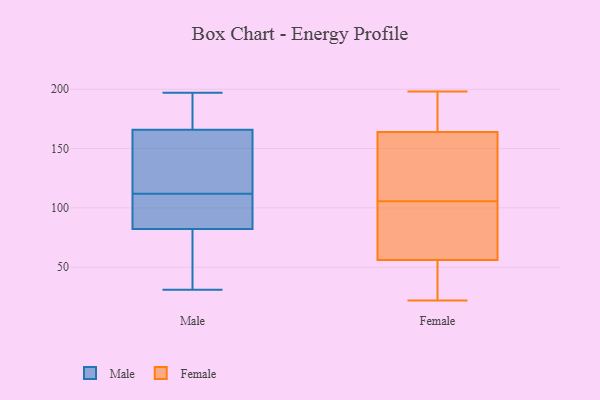
{"axis": {"x": "Shipments", "y": "Value"}, "legend": ["Female", "Male"], "data": [{"x": "", "y": 54, "type": "Male"}, {"x": "", "y": 194, "type": "Male"}, {"x": "", "y": 31, "type": "Male"}, {"x": "", "y": 68, "type": "Male"}, {"x": "", "y": 109, "type": "Male"}, {"x": "", "y": 155, "type": "Male"}, {"x": "", "y": 195, "type": "Male"}, {"x": "", "y": 123, "type": "Male"}, {"x": "", "y": 43, "type": "Male"}, {"x": "", "y": 87, "type": "Male"}, {"x": "", "y": 161, "type": "Male"}, {"x": "", "y": 197, "type": "Male"}, {"x": "", "y": 87, "type": "Male"}, {"x": "", "y": 180, "type": "Male"}, {"x": "", "y": 118, "type": "Male"}, {"x": "", "y": 112, "type": "Male"}, {"x": "", "y": 93, "type": "Male"}, {"x": "", "y": 104, "type": "Female"}, {"x": "", "y": 92, "type": "Female"}, {"x": "", "y": 23, "type": "Female"}, {"x": "", "y": 198, "type": "Female"}, {"x": "", "y": 107, "type": "Female"}, {"x": "", "y": 193, "type": "Female"}, {"x": "", "y": 124, "type": "Female"}, {"x": "", "y": 22, "type": "Female"}, {"x": "", "y": 180, "type": "Female"}, {"x": "", "y": 77, "type": "Female"}, {"x": "", "y": 35, "type": "Female"}, {"x": "", "y": 148, "type": "Female"}]}